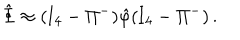
\hat { \Phi } \approx ( \mathrm { I } _ { 4 } - \Pi ^ { - } ) \hat { \varphi } ( \mathrm { I } _ { 4 } - \Pi ^ { - } ) \, .